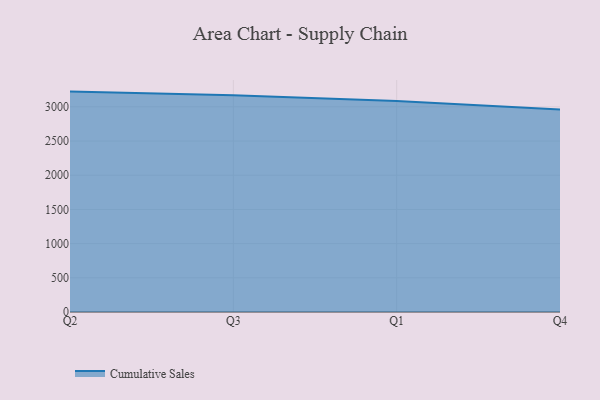
{"axis": {"x": "Quarter", "y": "Temperature (°C)"}, "legend": ["Cumulative Sales"], "data": [{"x": "Q2", "y": 3222.8, "type": "Cumulative Sales"}, {"x": "Q3", "y": 3169.7, "type": "Cumulative Sales"}, {"x": "Q1", "y": 3084.7, "type": "Cumulative Sales"}, {"x": "Q4", "y": 2960.9, "type": "Cumulative Sales"}]}